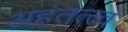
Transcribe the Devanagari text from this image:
अहंतत्त्व